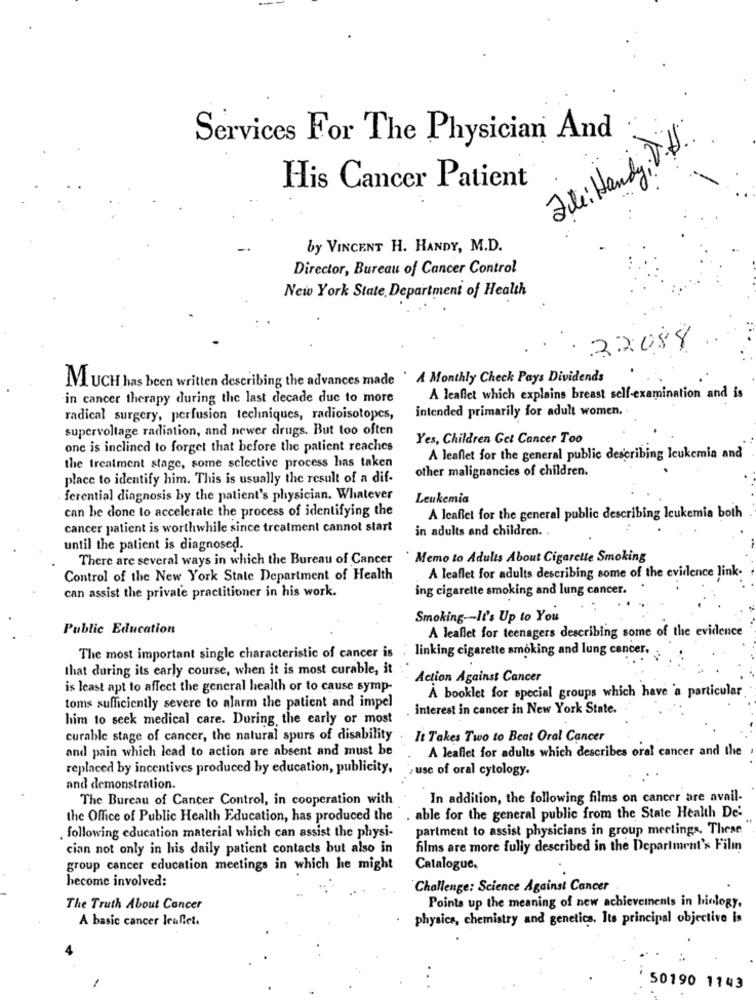
Services For The Physician And
ale: Handy,
His Cancer Patient
by VINCENT H. HANDY, M.D.
Director, Bureau of Cancer Control
New York State Department of Health
22088
MUCH has been written describing the advances made ' A Monthly Check Pays Dividends
in cancer therapy during the last decade due to more
A leaflet which explains breast self-examination and is
radical surgery, perfusion techniques, radioisotopes,
intended primarily for adult women,
supervoltage radiation, and newer drugs. But too often
Yes, Children Get Cancer Too
one is inclined to forget that before the patient reaches
the treatment stage, some selective process has taken
A leaflet for the general public describing leukemia and
other malignancies of children.
place to identify him. This is usually the result of a dif-
ferential diagnosis by the patient's physician. Whatever
Leukemia
can be done to accelerate the process of identifying the
A leaflet for the general public describing leukemia both
cancer patient is worthwhile since treatment cannot start
in adults and children. .
until the patient is diagnosed.
There are several ways in which the Bureau of Cancer
` Memo to Adults About Cigarette Smoking
Control of the New York State Department of Health
A leaflet for adults describing some of the evidence link-
can assist the private practitioner in his work.
ing cigarette smoking and lung cancer.
Smoking -- It's Up to You
Public Education
A leaflet for teenagers describing some of the evidence
The most important single characteristic of cancer is . linking cigarette smoking and lung cancer.
that during its early course, when it is most curable, it
Action Against Cancer
is least apt to affect the general health or to cause symp-
À booklet for special groups which have a particular
toms sufficiently severe to alarm the patient and impel
interest in cancer in New York State.
him to seek medical care. During the early or most
curable stage of cancer, the natural spurs of disability
It Takes Two to Beat Oral Cancer
and pain which lead to action are absent and must be
A leaflet for adults which describes oral cancer and the
replaced by incentives produced by education, publicity,
: use of oral cytology.
and demonstration.
The Bureau of Cancer Control, in cooperation with
In addition, the following films on cancer are avail-
able for the general public from the State Health De:
the Office of Public Health Education, has produced the
partment to assist physicians in group meetings. These
. following education material which can assist the physi-
cian not only in his daily patient contacts but also in
films are more fully described in the Department's Film
group cancer education meetings in which he might
Catalogue.
become involved:
Challenge: Science Against Cancer
The Truth About Cancer
Points up the meaning of new achievements in biology,
A basic cancer lealiet.
physics, chemistry and genetics. Its principal objective is
50190 1143